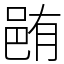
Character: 𨚼